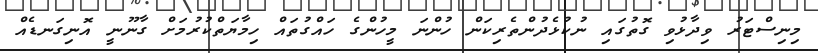
މިނިސްޓަރު ވިދާޅުވި ގޮތުގައި ނުކުޅެދުންތެރިކަން ހުންނަ މީހުންގެ ހައްގުތައް ހިމާޔަތްކުރުމަށް ގާނޫނީ އޮނިގަނޑެއް